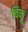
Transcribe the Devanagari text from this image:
चिनू